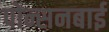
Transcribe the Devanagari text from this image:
पोन्सनबाई